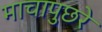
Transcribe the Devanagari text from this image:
माचापुछरे